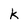
Character: K